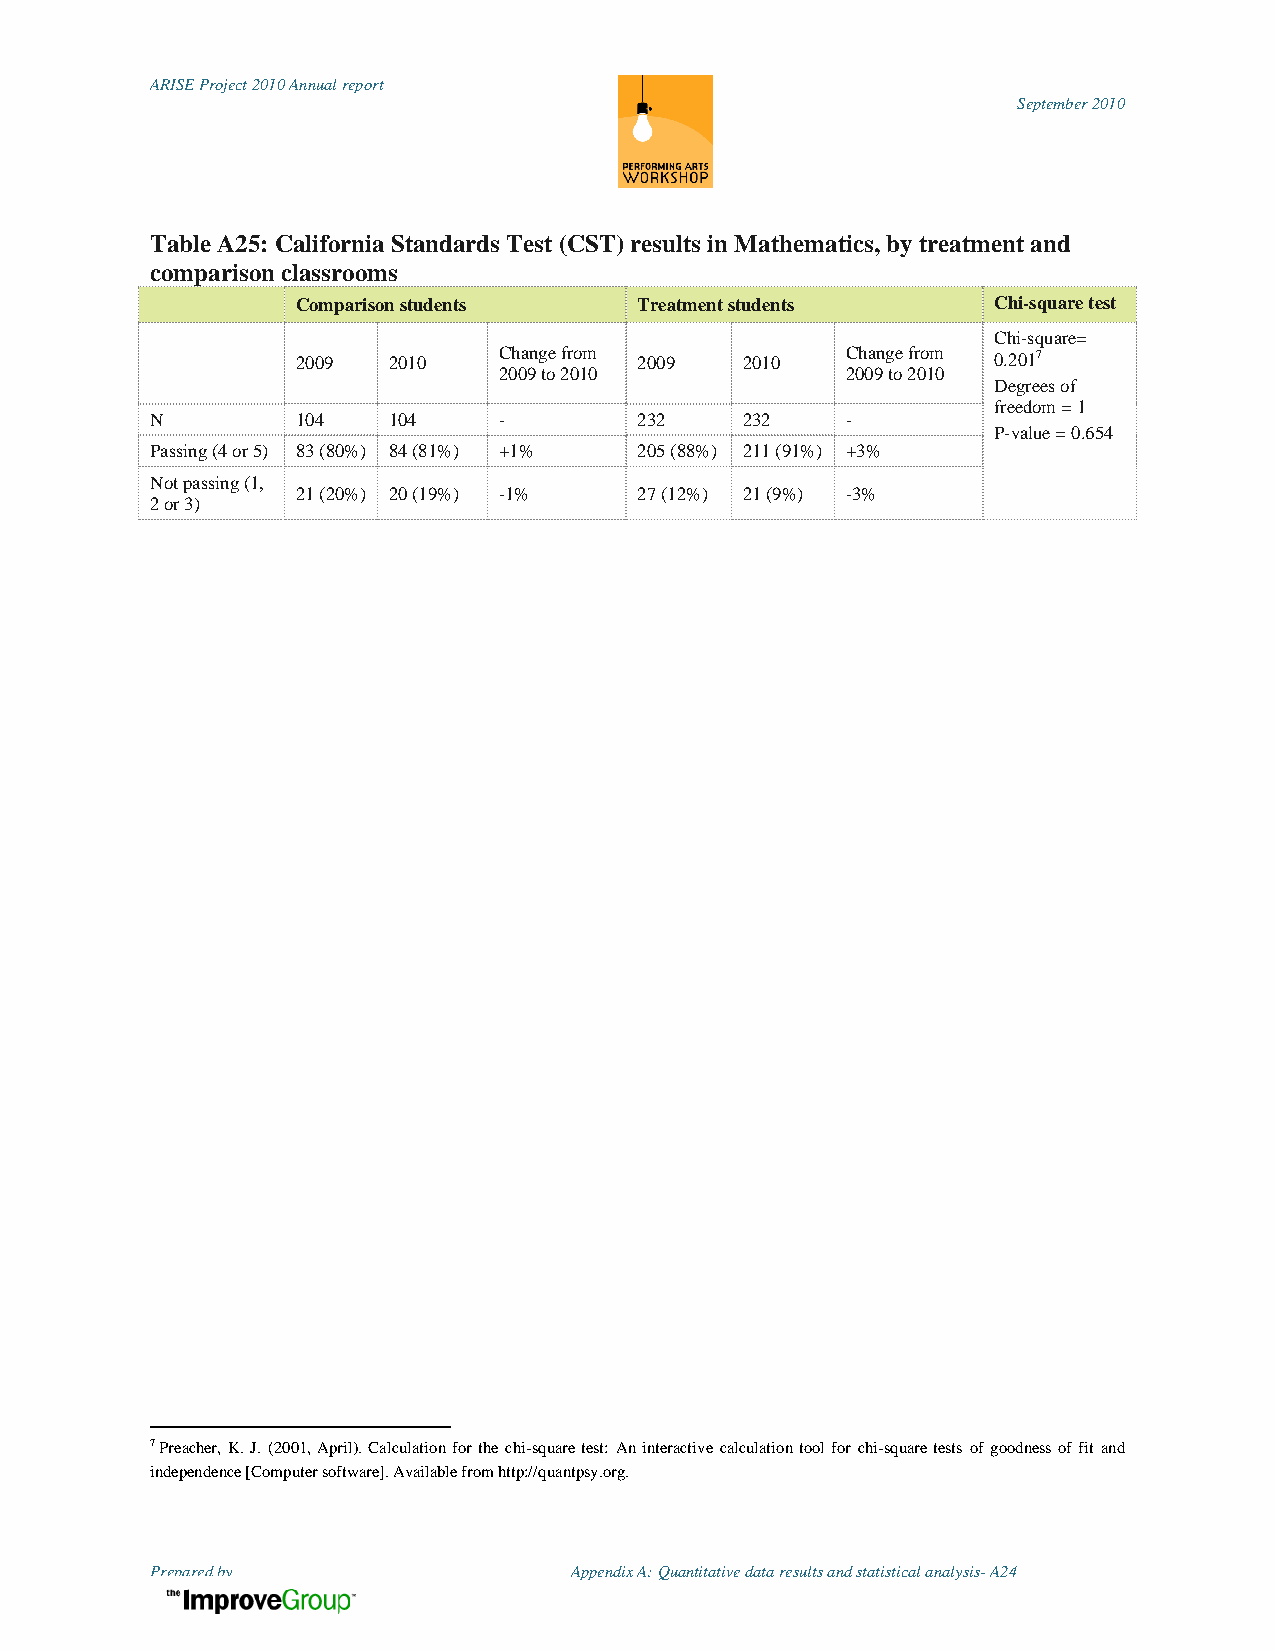
ARISE Project 2010 Annual report
 September 2010
 Table A25: California Standards Test (CST) results in Mathematics, by treatment and
 comparison classrooms
 Comparison students   Treatment students      Chi-square test
 Chi-square=
 2009  2010
 Change from
 2009   2010
 Change from 0.2017
 2009 to 2010           2009 to 2010
 Degrees of
 freedom = 1
 N         104   104    -        232    232    -
 P-value = 0.654
 Passing (4 or 5) 83 (80%) 84 (81%) +1% 205 (88%) 211 (91%) +3%
 Not passing (1,
 21 (20%) 20 (19%) -1% 27 (12%) 21 (9%) -3%
 2 or 3)
 7 Preacher, K. J. (2001, April). Calculation for the chi-square test: An interactive calculation tool for chi-square tests of goodness of fit and
 independence [Computer software]. Available from http://quantpsy.org.
 Prepared by                 Appendix A: Quantitative data results and statistical analysis- A24